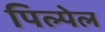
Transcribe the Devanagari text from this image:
पिल्पेल